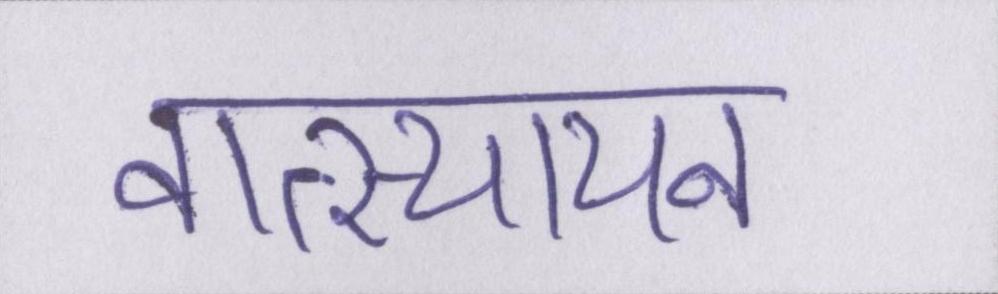
वात्स्यायन